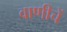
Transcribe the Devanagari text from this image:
वाणीचें